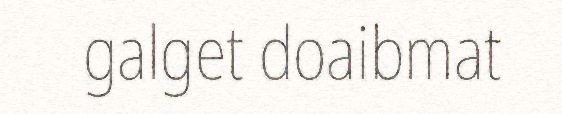
galget doaibmat